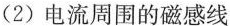
(2) 电流周围的磁感线